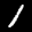
Label: 1